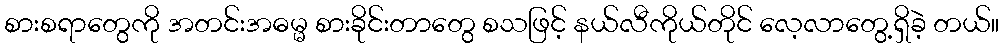
စားစရာတွေကို အတင်းအဓမ္မ စားခိုင်းတာတွေ စသဖြင့် နယ်လီကိုယ်တိုင် လေ့လာတွေ့ရှိခဲ့ တယ်။